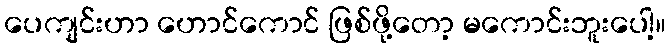
ပေကျင်းဟာ ဟောင်ကောင် ဖြစ်ဖို့တော့ မကောင်းဘူးပေါ့။